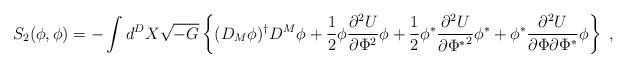
LaTeX: \begin{align*}S_2(\phi,\phi)=-\int d^D X \sqrt{-G}\left\{(D_M\phi)^{\dagger} D^M \phi+\frac{1}{2}\phi \frac{\partial^2 U}{\partial \Phi^2}\phi+\frac{1}{2}\phi^* \frac{\partial^2 U}{\partial {\Phi^*}^2}\phi^*+\phi^*\frac{\partial^2 U}{\partial \Phi\partial \Phi^*}\phi\right\}~,\end{align*}